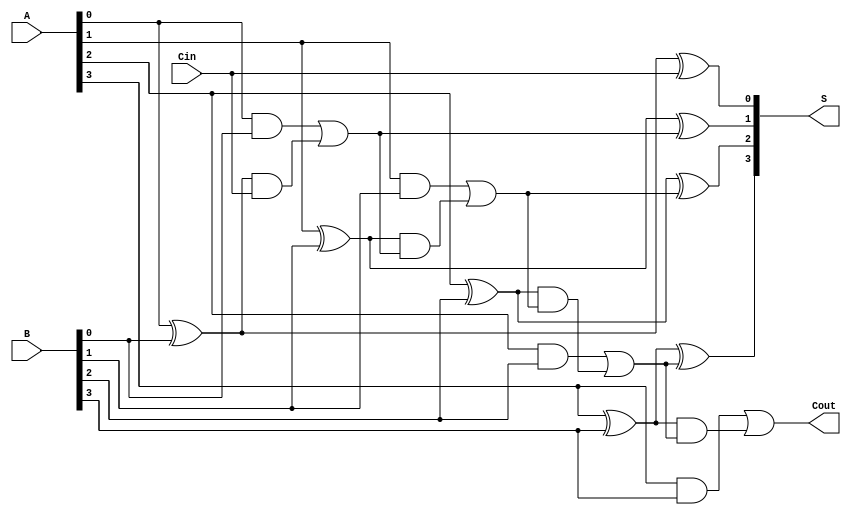
module CarryLookaheadAdder #(parameter n = 4) (
    input [n-1:0] A,      // First n-bit input
    input [n-1:0] B,      // Second n-bit input
    input Cin,            // Carry input
    output [n-1:0] S,     // n-bit sum output
    output Cout           // Carry output
);

    // Generate and Propagate signals
    wire [n-1:0] G; // Generate signals
    wire [n-1:0] P; // Propagate signals
    wire [n:0] C;   // Carry signals

    // Generate and Propagate logic
    genvar i;
    generate
        for (i = 0; i < n; i = i + 1) begin : gen_prop
            assign G[i] = A[i] & B[i]; // Generate
            assign P[i] = A[i] ^ B[i]; // Propagate
        end
    endgenerate

    // Carry signals calculation
    assign C[0] = Cin; // C0 = Cin
    generate
        for (i = 0; i < n; i = i + 1) begin : carry_calc
            if (i == 0) begin
                assign C[i + 1] = G[i] | (P[i] & C[i]); // C1 = G0 OR (P0 AND C0)
            end else begin
                assign C[i + 1] = G[i] | (P[i] & C[i]); // Ci+1 = Gi OR (Pi AND Ci)
            end
        end
    endgenerate

    // Sum calculation
    generate
        for (i = 0; i < n; i = i + 1) begin : sum_calc
            assign S[i] = P[i] ^ C[i]; // Si = Ai XOR Bi XOR Ci
        end
    endgenerate

    // Carry output
    assign Cout = C[n]; // Final carry output

endmodule